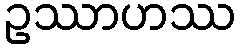
ဥဿာဟဿ